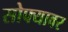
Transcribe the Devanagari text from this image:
सोफ्यावर